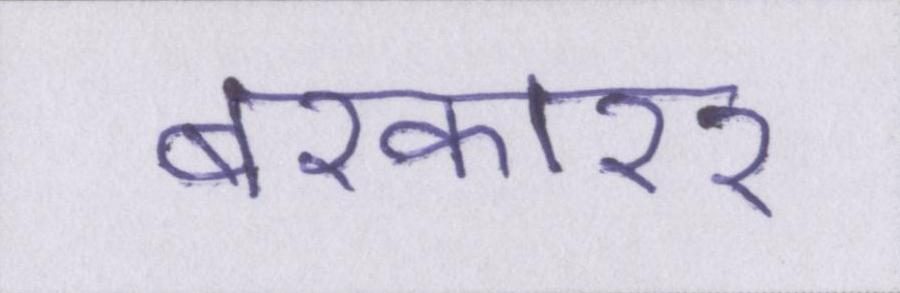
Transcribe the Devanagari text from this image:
बरकारर